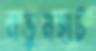
নতুনহাট